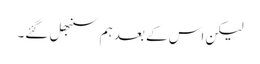
لیکن اس کے بعد ہم سنبھل گئے۔